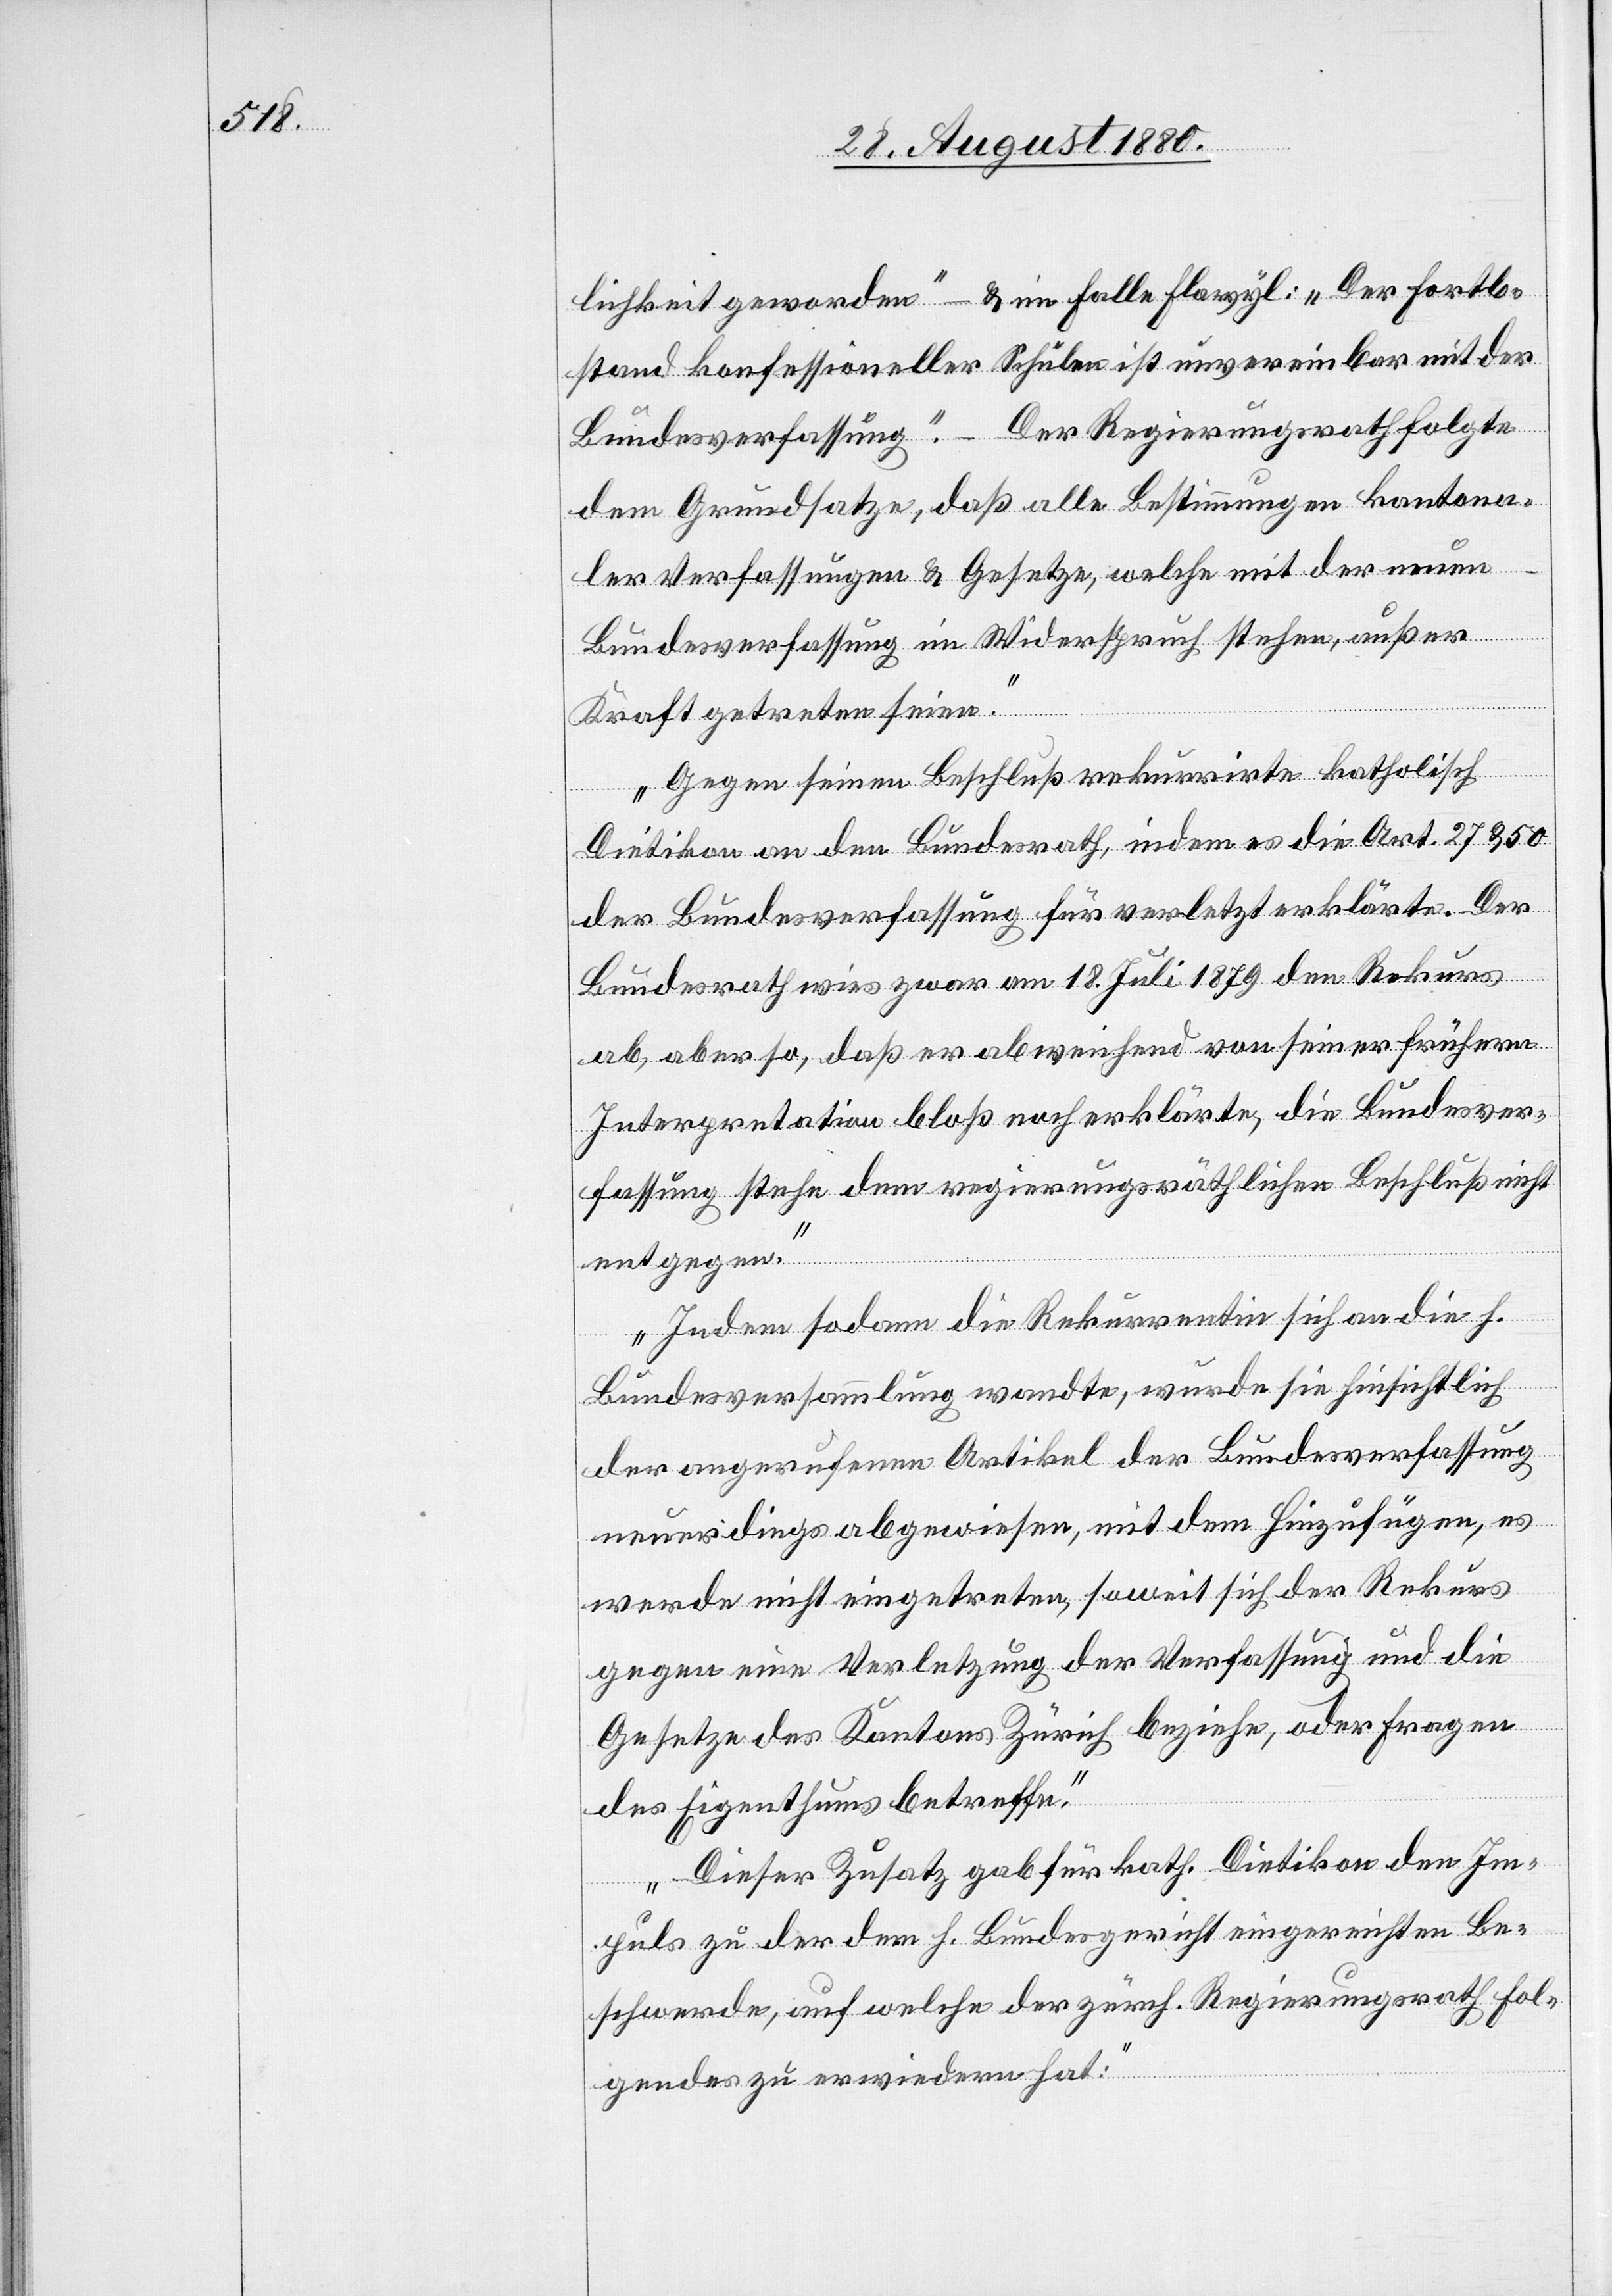
lichkeit geworden“ – & im Falle Flawyl: „Der Fortbe¬
stand konfessioneller Schulen ist unvereinbar mit der
Bundesverfassung.“ – Der Regierungsrath folgte
dem Grundsatze, daß alle Bestimmungen kantona¬
ler Verfassungen & Gesetze, welche mit der neuen
Bundesverfassung im Widerspruch stehen, außer
Kraft getreten seien.
Gegen seinen Beschluß rekurrirte katholisch
Dietikon an den Bundesrath, indem es die Art. 27 & 50
der Bundesverfassung für verletzt erklärte. Der
Bundesrath wies zwar am 18. Juli 1879 den Rekurs
ab, aber so, daß er abweichend von seiner früheren
Interpretation bloß noch erklärte, die Bundesver¬
fassung stehe dem regierungsräthlichen Beschluß nicht
entgegen.
Indem sodann die Rekurrentin sich an die h.
Bundesversammlung wandte, wurde sie hinsichtlich
der angerufenen Artikel der Bundesverfassung
neuerdings abgewiesen, mit dem Hinzufügen, es
werde nicht eingetreten, soweit sich der Rekurs
gegen eine Verletzung der Verfassung und die
Gesetze des Kantons Zürich beziehe, oder Fragen
des Eigenthums betreffe.
Dieser Zusatz gab für kath. Dietikon den Im¬
puls zu der dem h. Bundesgericht eingereichten Be¬
schwerde, auf welche der zürch. Regierungsrath fol¬
gendes zu erwiedern hat: